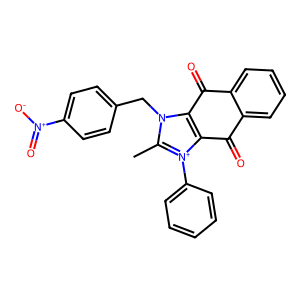
SMILES: Cc1n(Cc2ccc([N+](=O)[O-])cc2)c2c([n+]1-c1ccccc1)C(=O)c1ccccc1C2=O
Inhibits HIV replication: No